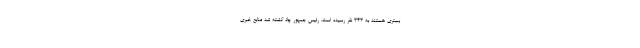
بستری هستند به ۳۴۳ نفر رسیده است. رئیس جمهور چاد کشته شد منابع خبری